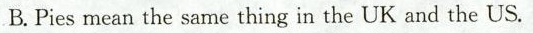
B.Pies mean the same thing in the UK and the US.